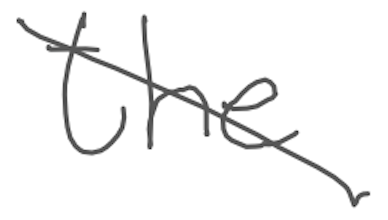
Text: the
Cross-out: diagonal
Writing tool: digital_gray